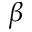
\beta